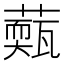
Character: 𦾳